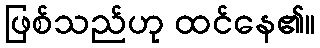
ဖြစ်သည်ဟု ထင်နေ၏။